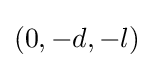
(0,-d,-l)